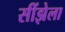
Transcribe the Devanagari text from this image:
सींझेला